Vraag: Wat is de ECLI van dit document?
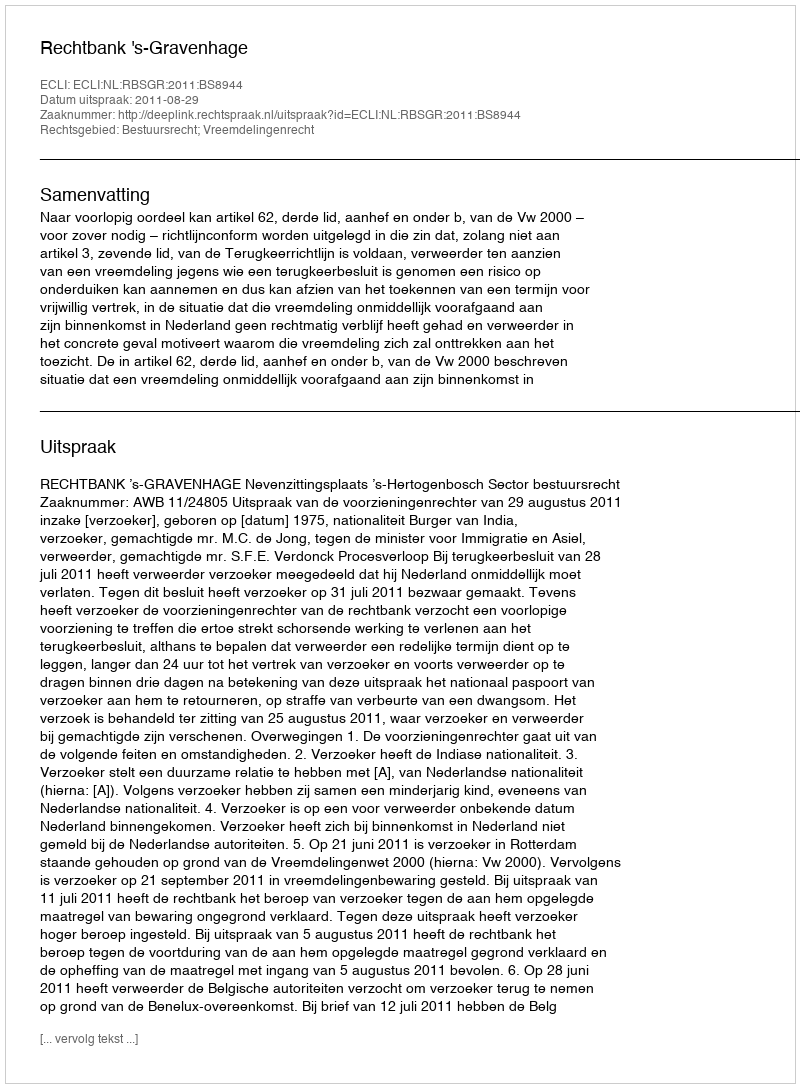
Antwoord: ECLI:NL:RBSGR:2011:BS8944